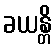
ခယန္တိ